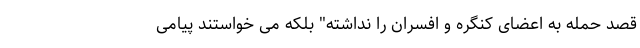
قصد حمله به اعضای کنگره و افسران را نداشته" بلکه می خواستند پیامی